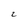
Character: 2